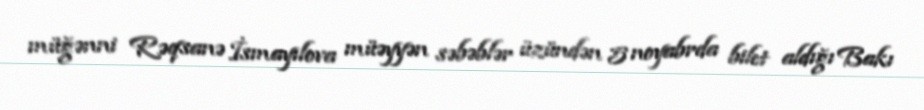
müğənni Rəqsanə İsmayılova müəyyən səbəblər üzündən 5 noyabrda bilet aldığı Bakı